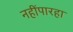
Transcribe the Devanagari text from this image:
नहींपारहा